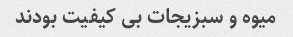
میوه و سبزیجات بی کیفیت بودند